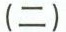
(二)